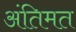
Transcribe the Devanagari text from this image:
अंतिमत